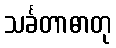
သင်္ခတာဓာတု